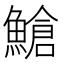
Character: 䱽